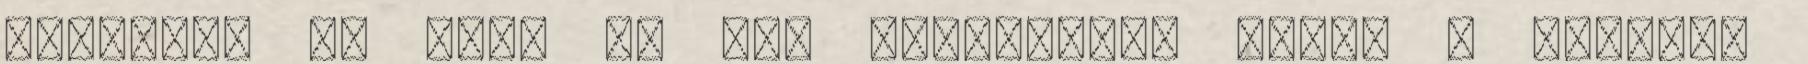
pacsizok le vele és még hadonászok párat a késsel.